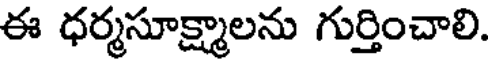
ఈ ధర్మసూక్ష్మాలను గుర్తించాలి.